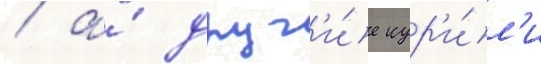
/ а́ друг'и́е кур'и́л'и